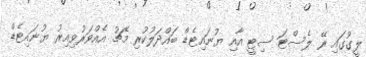
ލީގުގައި ރޭ ލެސްޓަ ސިޓީ އާއި ޔުނައިޓެޑް ބައްދަލުކުރި މެޗު އެއްވަރުވިއިރު ޔުނައިޓެޑް